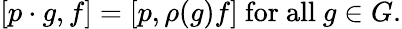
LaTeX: [p\cdot g,f]=[p,\rho(g)f]{\mathrm{~for~all~}}g\in G.